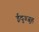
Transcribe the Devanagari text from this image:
ईदुज्जुह